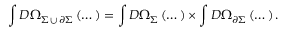
\int { \cal D } \Omega _ { \Sigma \, \cup \, \partial \Sigma } \left( \dots \right) = \int { \cal D } \Omega _ { \Sigma } \left( \dots \right) \times \int { \cal D } \Omega _ { \partial \Sigma } \left( \dots \right) .